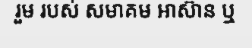
រួម របស់ សមាគម អាស៊ាន ឬ